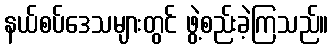
နယ်စပ်ဒေသများတွင် ဖွဲ့စည်းခဲ့ကြသည်။